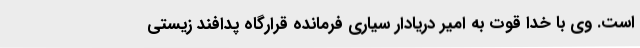
است. وی با خدا قوت به امیر دریادار سیاری فرمانده قرارگاه پدافند زیستی